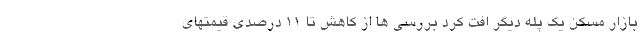
بازار مسکن یک پله دیگر افت کرد بررسی ها از کاهش تا ۱۱ درصدی قیمتهای